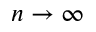
n \rightarrow \infty